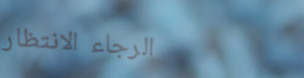
الرجاء الانتظار